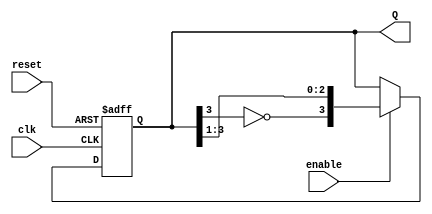
module johnson_counter #(
    parameter N = 4  // Number of flip-flops (can be changed as needed)
)(
    input wire clk,          // Clock signal
    input wire reset,        // Asynchronous reset
    input wire enable,       // Counter enable signal
    output reg [N-1:0] Q     // Output state of the counter
);

// Internal signal for the feedback
wire feedback;

// Feedback is the inverted output of the last flip-flop
assign feedback = ~Q[N-1];

// Sequential logic for the Johnson Counter
always @(posedge clk or posedge reset) begin
    if (reset) begin
        Q <= {N{1'b0}};  // Reset all flip-flops to 0
    end else if (enable) begin
        // Shift the values and feed the inverted last flip-flop output to the first
        Q <= {feedback, Q[N-1:1]};
    end
end

endmodule